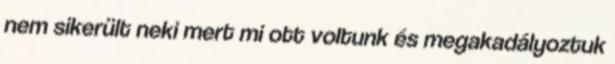
nem sikerült neki mert mi ott voltunk és megakadályoztuk